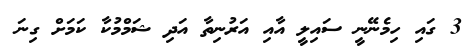
3 ގައި ހިމެނޭނީ ސައިލީ އާއި އަރުނިތާ އަދި ޝަމްމުކާ ކަމަށް ގިނަ